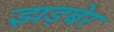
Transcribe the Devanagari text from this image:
झड़बेर